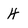
Character: H